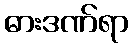
ဓားဒဏ်ရာ